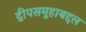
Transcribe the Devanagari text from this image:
द्वीपसमूहाबद्दल